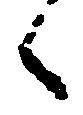
候